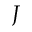
J